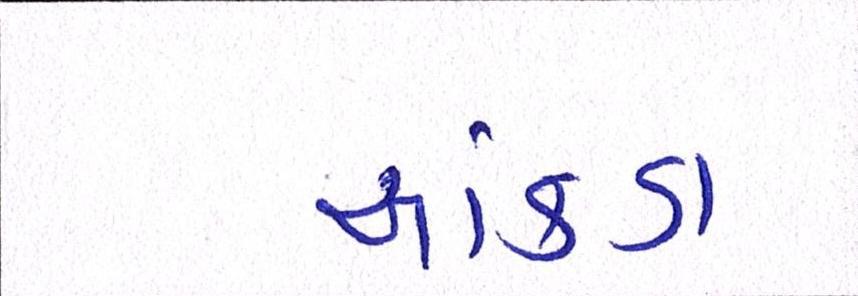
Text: આંકડા